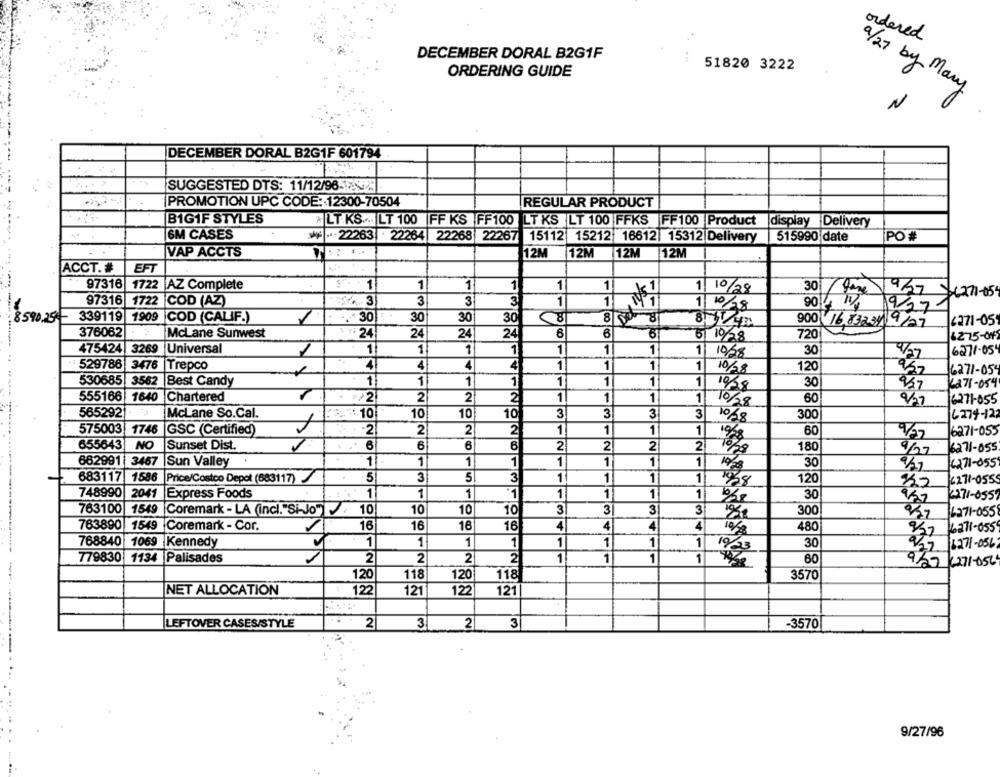
ordered
DECEMBER DORAL B2G1F
51820 3222
ORDERING GUIDE
9/27 by Mary
N
DECEMBER DORAL B2G1F 601794
SUGGESTED DTS: 11/12/96-124423
PROMOTION UPC CODE: 12300-70504
REGULAR PRODUCT
BIG1F STYLES
& LT KS .... LT 100
FF KS FF100 LT KS LT 100 FFKS FF100 Product display Delivery
6M CASES
4 .- 22263 . 22264 22268
22267
15112 15212 16612| 15312 Delivery
515990 date
PO #
VAP ACCTS
12M 12M
12M
12M
ACCT. #
EFT
97316
1722
AZ Complete
$ 1
1
1
1
1
1
1
30
10/28
9/27/6271-05
97316
1722
COD (AZ)
14.3
3
3
3
1
1
1
90 4 17
10/18
9/27
339119
1909
COD (CALIF.)
.^30
30
30
30
8590.25
900 16.8323) 9/27
6271-05
376062
McLane Sunwest
#24
24
24
24
6
6
720
5/ 10/28
6275-04
475424
3269
Universal
1
1
1
1
1
1
1
1
30
1
10/28
9/27
6271-05
529786
3476
Trepco
4
4
4
4
1
1
1
1
120
10/28
6271-054
530685
3562
1
1
1
1
1
1
1
1
Best Candy
10/28
30
957
6871-054
555166 1640
Chartered
2
2
1
1
1
2
1
10/28
60
/27
6271-055
3
565292
McLane So.Cal.
10
10
10
3
3
3
10/18
300
6274-12
575003
1746
GSC (Certified)
-2
2
2
2
1
1
1
1
60
6271-053
655643
NO
Sunset Dist.
6
6
6
2
2
2
2
180
9/27
6271-055
662991 3467
Sun Valley
1
1
1
1
1
1
1
1
30
6271-055
683117 1586 Price/Costco Depot (683117)
5
3
5
3
1
1
1
1
120
6271-055
748990 2041 Express Foods
1
1
1
·1
1
1
1
1
30
2271-055
763100 1549 |Coremark - LA (incl."Si-Jo") . 10
10
10
10
3
3
3
3
300
4371-055
763890 1549 Coremark - Cor.
16
16
16
16
4
4
4
480
16271-055
768840 1069 Kennedy
1
1
1
1
1
1
1
1
30
19/33
:32 6271-056
779830 1134 Palisades
2
2
2
2
1
1
1
60
9/27 4271-056
120
118
120
118
3570
NET ALLOCATION
122
121
122
121
3
LEFTOVER CASES/STYLE
2
3
2|
-3570
9/27/96